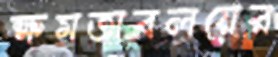
ক্ষমতাবলয়ের